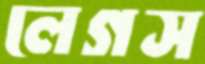
লেগস